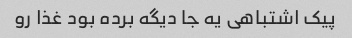
پیک اشتباهی یه جا دیگه برده بود غذا رو